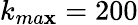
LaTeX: k_{ma\mathbf{x}}=200